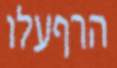
הרףעלו